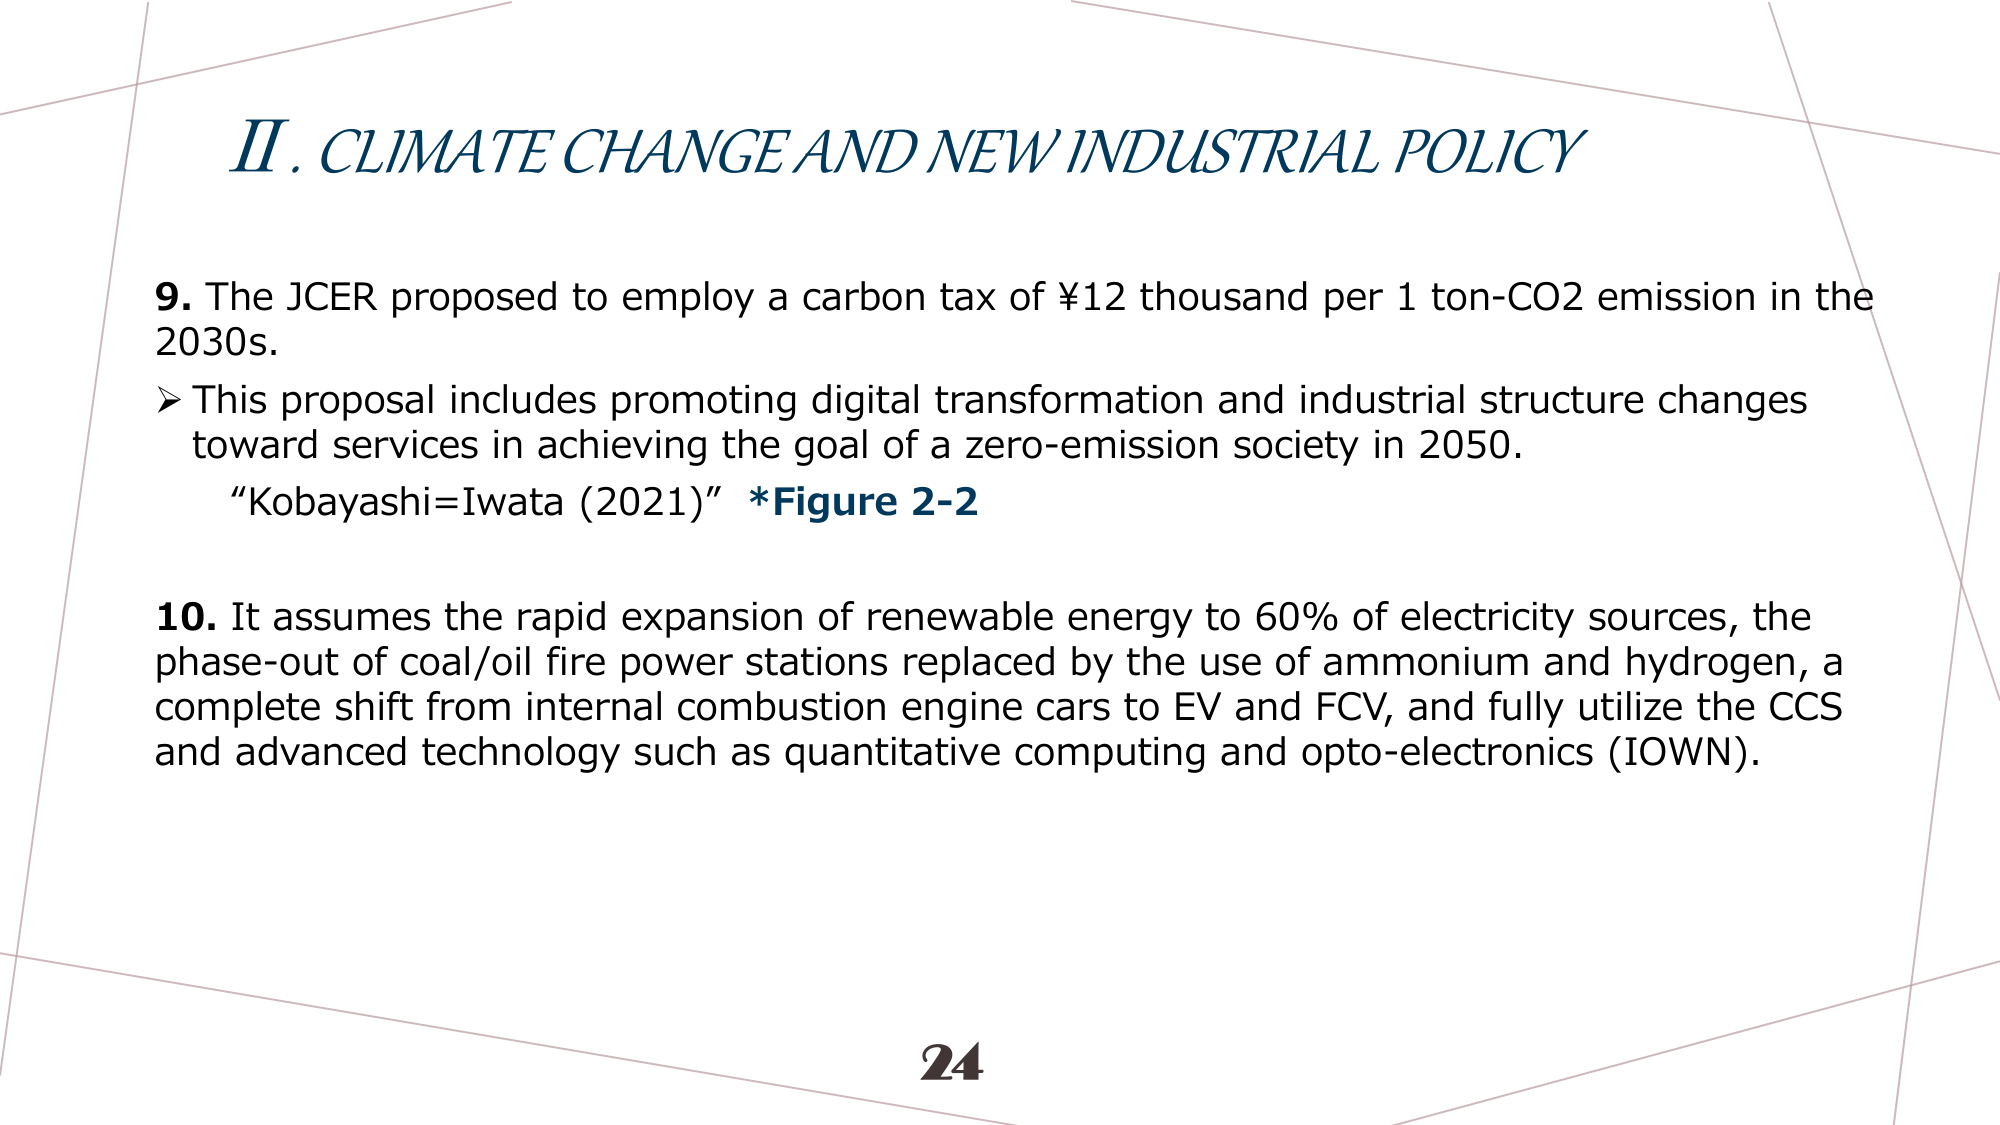
II. CLIMATE CHANGE AND NEW INDUSTRIAL POLICY

9. The JCER proposed to employ a carbon tax of ¥12 thousand per 1 ton-CO2 emission in the 2030s.
➤ This proposal includes promoting digital transformation and industrial structure changes toward services in achieving the goal of a zero-emission society in 2050.
“Kobayashi=Iwata (2021)” *Figure 2-2

10. It assumes the rapid expansion of renewable energy to 60% of electricity sources, the phase-out of coal/oil fire power stations replaced by the use of ammonium and hydrogen, a complete shift from internal combustion engine cars to EV and FCV, and fully utilize the CCS and advanced technology such as quantitative computing and opto-electronics (IOWN).

24